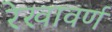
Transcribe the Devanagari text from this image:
रेखावर्ण